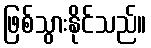
ဖြစ်သွားနိုင်သည်။